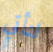
لنأتي